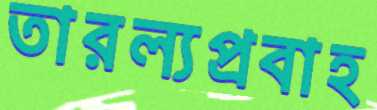
তারল্যপ্রবাহ